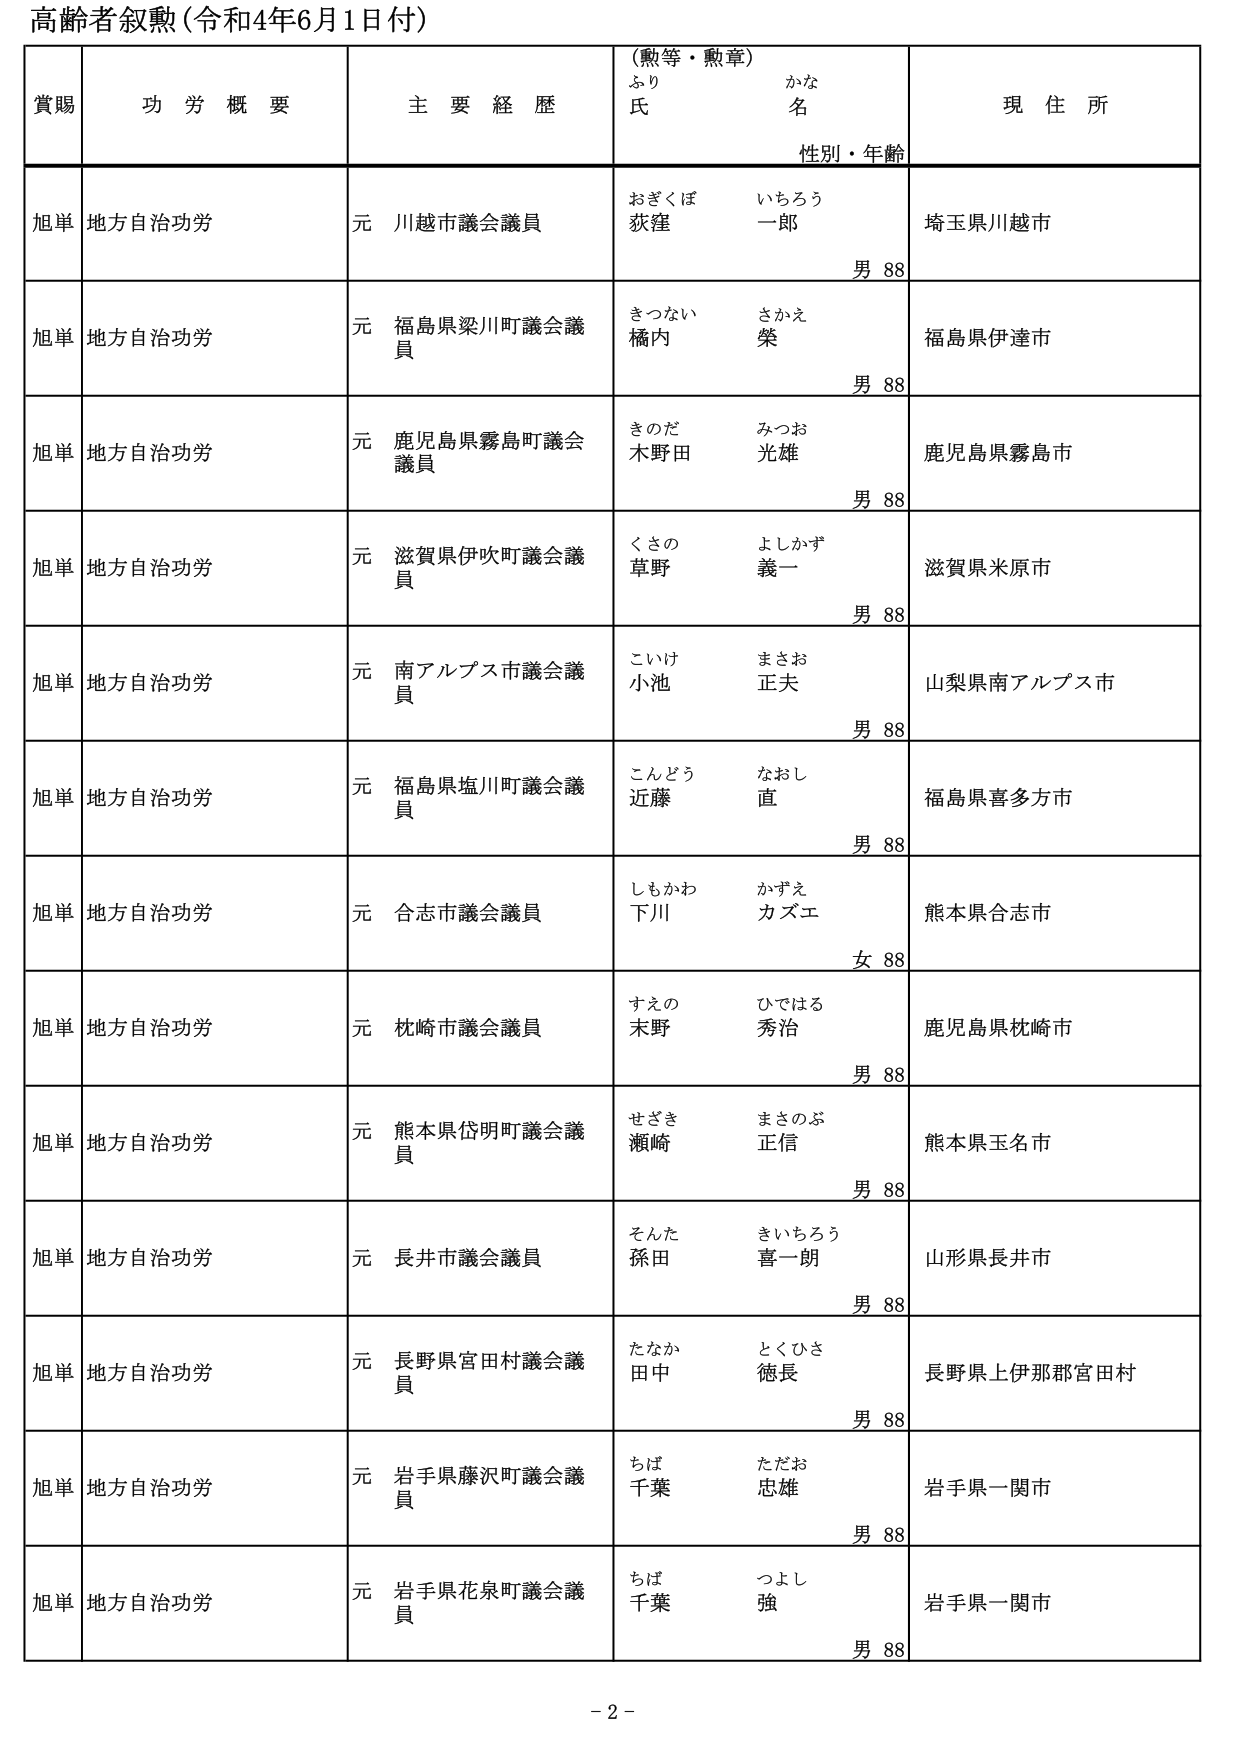
高齢者叙勲（令和4年6月1日付）

賞賜　　功労概要　　主要経歴　　（勲等・勲章）　　現住所
　　　　　　　　　　　　　　ふり　　かな
　　　　　　　　　　　　　　氏　　名
　　　　　　　　　　　　　　性別・年齢

旭単　地方自治功労　　元 川越市議会議員　　おぎくぼ　いちろう　　埼玉県川越市
　　　　　　　　　　　　　　　　　　　　　　荻窪　一郎　　　　　　男 88

旭単　地方自治功労　　元 福島県梁川町議会議員　　きつない　さかえ　　福島県伊達市
　　　　　　　　　　　　　　　　　　　　　　　　橘内　榮　　　　　　男 88

旭単　地方自治功労　　元 鹿児島県霧島町議会議員　　きのだ　みつお　　鹿児島県霧島市
　　　　　　　　　　　　　　　　　　　　　　　　木野田　光雄　　　　男 88

旭単　地方自治功労　　元 滋賀県伊吹町議会議員　　くさの　よしかず　　滋賀県米原市
　　　　　　　　　　　　　　　　　　　　　　　　草野　義一　　　　男 88

旭単　地方自治功労　　元 南アルプス市議会議員　　こいけ　まさお　　山梨県南アルプス市
　　　　　　　　　　　　　　　　　　　　　　　　小池　正夫　　　　男 88

旭単　地方自治功労　　元 福島県塩川町議会議員　　こんどう　なおし　　福島県喜多方市
　　　　　　　　　　　　　　　　　　　　　　　　近藤　直　　　　　　男 88

旭単　地方自治功労　　元 合志市議会議員　　しもかわ　かずえ　　熊本県合志市
　　　　　　　　　　　　　　　　　　　　　　下川　カズエ　　　　女 88

旭単　地方自治功労　　元 枕崎市議会議員　　すえの　ひではる　　鹿児島県枕崎市
　　　　　　　　　　　　　　　　　　　　　　末野　秀治　　　　男 88

旭単　地方自治功労　　元 熊本県岱明町議会議員　　せざき　まさのぶ　　熊本県玉名市
　　　　　　　　　　　　　　　　　　　　　　　　瀬崎　正信　　　　男 88

旭単　地方自治功労　　元 長井市議会議員　　そんた　きいちろう　　山形県長井市
　　　　　　　　　　　　　　　　　　　　　　孫田　喜一朗　　　　男 88

旭単　地方自治功労　　元 長野県宮田村議会議員　　たなか　とくひさ　　長野県上伊那郡宮田村
　　　　　　　　　　　　　　　　　　　　　　　　田中　徳長　　　　男 88

旭単　地方自治功労　　元 岩手県藤沢町議会議員　　ちば　ただお　　岩手県一関市
　　　　　　　　　　　　　　　　　　　　　　　　千葉　忠雄　　　　男 88

旭単　地方自治功労　　元 岩手県花泉町議会議員　　ちば　つよし　　岩手県一関市
　　　　　　　　　　　　　　　　　　　　　　　　千葉　強　　　　男 88

- 2 -